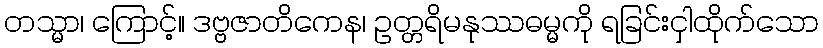
တသ္မာ၊ ကြောင့်။ ဒဗ္ဗဇာတိကေန၊ ဥတ္တရိမနုဿဓမ္မကို ရခြင်းငှါထိုက်သော